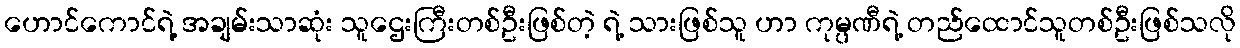
ဟောင်ကောင်ရဲ့ အချမ်းသာဆုံး သူဌေးကြီးတစ်ဦးဖြစ်တဲ့ ရဲ့ သားဖြစ်သူ ဟာ ကုမ္ပဏီရဲ့ တည်ထောင်သူတစ်ဦးဖြစ်သလို